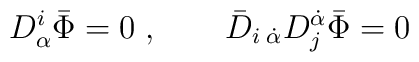
D^i_\alpha \bar\Phi=0\;, \qquad \bar D_{i\;\dot\alpha} D^{\dot\alpha}_j  \bar\Phi=0